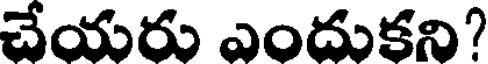
చేయరు ఎందుకని?